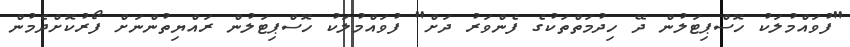
"ފުވައްމުލަކު ހޮސްޕިޓަލުން ދޭ ހިދުމަތްތަކުގެ ފެންވަރު ދަށް" ފުވައްމުލަކު ހޮސްޕިޓަލުން ރައްޔިތުންނަށް ފޯރުކޮށްދެމުން